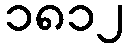
၁၈၁၂